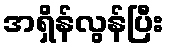
အရှိန်လွန်ပြီး